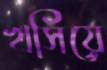
খসিয়ে